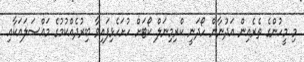
މި މީހުންގެ ތެރެއިން އަދުނާން ހޯދަނީ ކްރިމިނަލް ކޯޓަށް ހުށަހެޅިފައިވާ ބިރުދެއްކުމުގެ މައްސަލައަކާއި